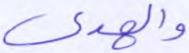
والهدى